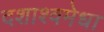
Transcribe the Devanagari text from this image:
दशाश्वमेधा